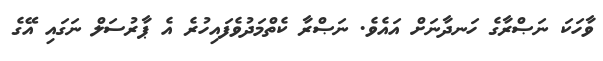
ވާހަކަ ނަޞްރާގެ ހަނދާނަށް އައެވެ. ނަޞްރާ ކެތްމަދުވެފައިހުރެ އެ ޕާރުސަލް ނަގައި އޭގެ